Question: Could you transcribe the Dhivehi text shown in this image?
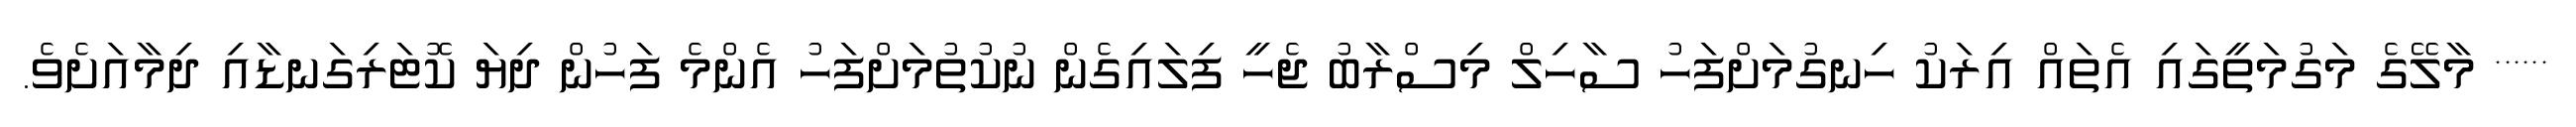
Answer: ****** މާލޭގެ މަގުމަތީގައި އެތައް އިރަކު ހިނގުމަށްފަހު ސާހިލް މިސްރާބު ޖެހީ ފިލައިގެން ނުކުތުމަށްފަހު އެންމެ ފަހުން ދިޔަ ކޮޓަރިގަނޑާއި ދިމާއަށެވެ.